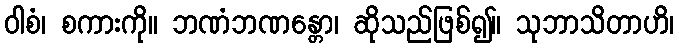
ဝါစံ၊ စကားကို။ ဘဏံဘဏန္တော၊ ဆိုသည်ဖြစ်၍။ သုဘာသိတာဟိ၊